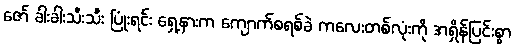
ဇော် ခါးခါးသီးသီး ပြုံးရင်း ရှေ့နားက ကျောက်စရစ်ခဲ ကလေးတစ်လုံးကို အရှိန်ပြင်းစွာ